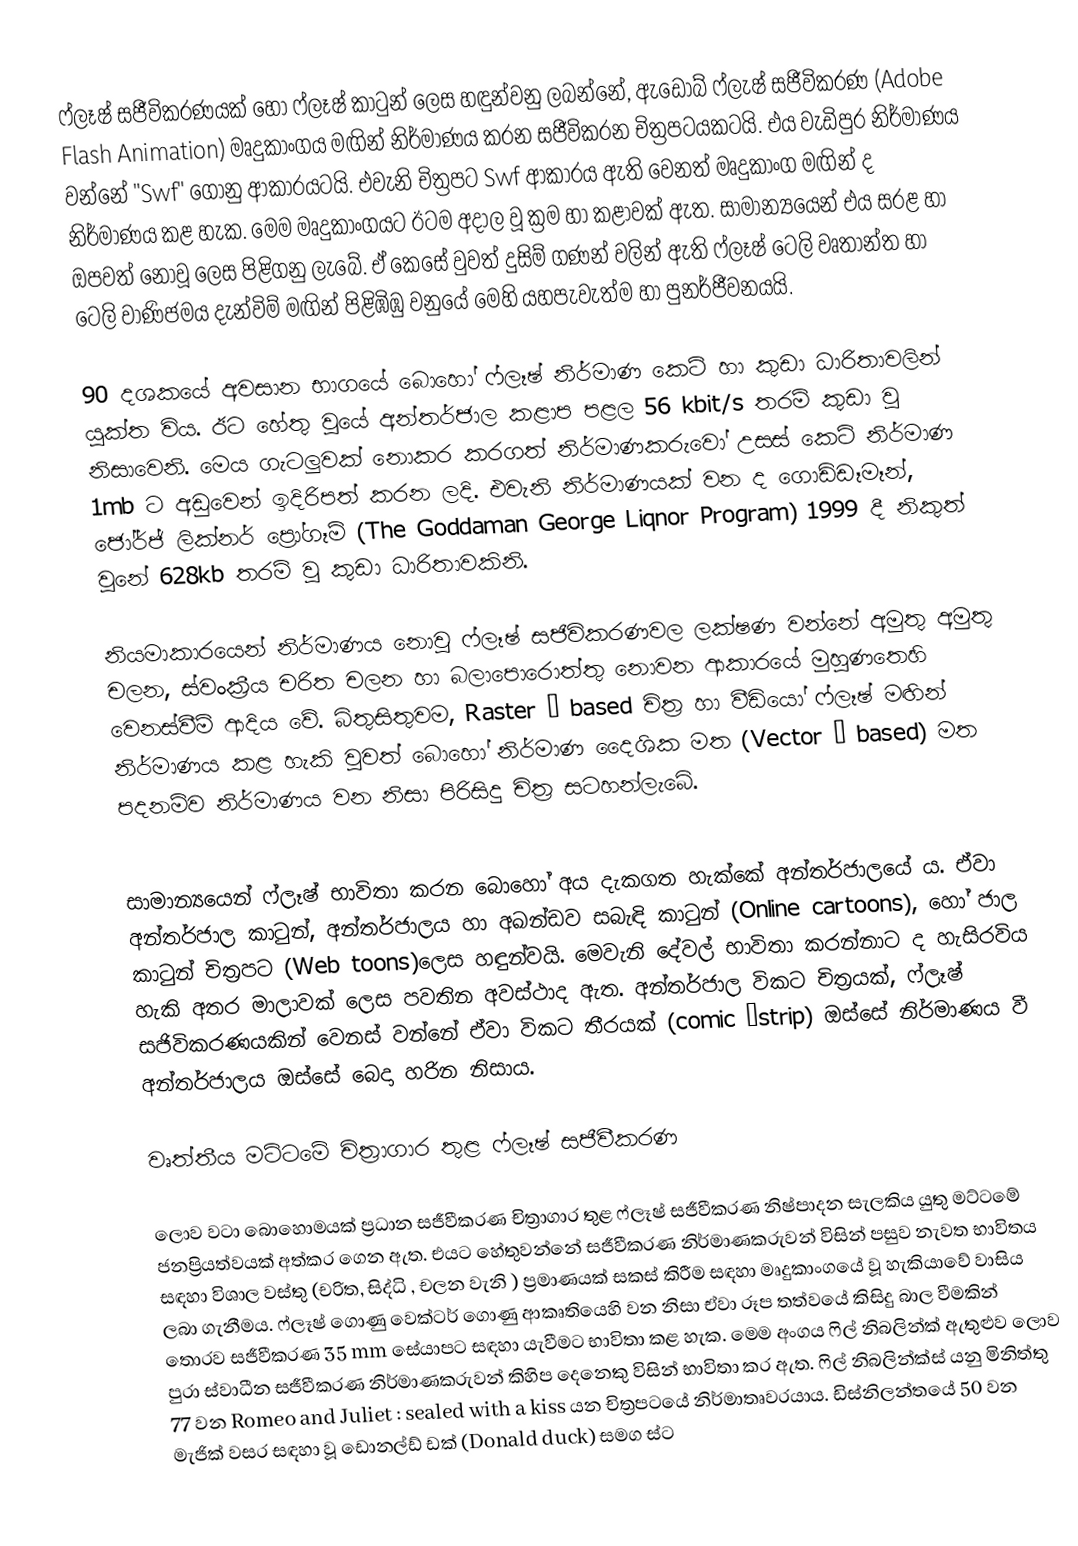
ෆ්ලෑෂ් සජීවිකරණයක් හෝ ෆ්ලෑෂ් කාටුන් ලෙස හඳුන්වනු ලබන්නේ, ඇඩොබ් ෆ්ලැෂ් සජීවිකරණ  (Adobe Flash Animation) මෘදුකාංගය මඟින් නිර්මාණය කරන සජීවිකරන චිත්‍රපටයකටයි. එය වැඩිපුර නිර්මාණය වන්නේ  "Swf" ගොනු ආකාරයටයි. එවැනි චිත්‍රපට  Swf ආකාරය ඇති වෙනත් මෘදුකාංග මඟින් ද නිර්මාණය කළ හැක. මෙම මෘදුකාංගයට ඊටම අදාල වූ ක්‍රම  හා කළාවක් ඇත. සාමාන්‍යයෙන් එය සරළ හා ඔපවත් ‍නොවූ  ලෙස පිළිගනු ලැබේ. ඒ කෙසේ වුවත් දුසිම් ගණන් වලින් ඇති ෆ්ලෑෂ් ටෙලි වෘතාන්ත හා ටෙලි වාණිජමය දැන්විම් මඟින් පිළිඹිඹු වනුයේ මෙහි යහපැවැත්ම හා පුනර්ජීවනයයි.

90 දශකයේ අවසාන භාගයේ බොහෝ ෆ්ලෑෂ් නිර්මාණ කෙටි හා කුඩා ධාරිතාවලින් යුක්ත විය. ඊට හේතු වුයේ අන්තර්ජාල කළාප පළල 56 kbit/s තරම් කුඩා වූ නිසාවෙනි. මෙය ගැටලුවක් නොකර කරගත් නිර්මාණකරුවෝ උසස් කෙටි නිර්මාණ 1mb ට අඩුවෙන් ඉදිරිපත් කරන ලදි. එවැනි නිර්මාණයක් වන ද ‍ගොඩ්ඩෑමෑන්,  ජෝර්ජ් ලික්නර් ප්‍රෝගෑම්   (The Goddaman George Liqnor Program)  1999 දී නිකුත් වුනේ  628kb තරම් වූ කුඩා ධාරිතාවකිනි.

නියමාකාරයෙන් නිර්මාණය නොවූ ෆ්ලෑෂ් සජිවිකරණවල ලක්ෂණ වන්නේ අමුතු අමුතු චලන, ස්වංක්‍රීය චරිත චලන හා බලාපොරොත්තු නොවන ආකාරයේ මුහුණතෙහි වෙනස්වීම් ආදිය වේ. බිතුසිතුවම,  Raster – based චිත්‍ර හා වීඩියෝ ෆ්ලෑෂ් මඟින් නිර්මාණය කළ හැකි වුවත් බොහෝ නිර්මාණ දෛශික මත (Vector – based) මත පදනම්ව නිර්මාණය වන නිසා පිරිසිදු චිත්‍ර සටහන්ලැබේ.

සාමාන්‍යයෙන් ෆ්ලෑෂ් භාවිතා කරන බො‍හෝ අය දැකගත හැක්කේ අන්තර්ජාලයේ ය. ඒවා අන්තර්ජාල කාටුන්, අන්තර්ජාලය හා අඛන්ඩව සබැඳි කාටුන්  (Online cartoons),  හෝ ජාල කාටුන් චිත්‍රපට (Web toons)ලෙස හඳුන්වයි. මෙවැනි දේවල් භාවිතා කරන්නාට ද හැසිරවිය හැකි අතර මාලාවක් ලෙස පවතින අවස්ථාද ඇත. අන්තර්ජාල විකට චිත්‍රයක්, ෆ්ලෑෂ් සජිවිකරණයකින් වෙනස් වන්නේ ඒවා විකට තීරයක්  (comic –strip) ඔස්සේ නිර්මාණය වී අන්තර්ජාලය ඔස්සේ බෙදා හරින නිසාය.

වෘත්තීය මට්ටමේ චිත්‍රාගාර තුළ ෆ්ලෑෂ් සජීවීකරණ

ලොව වටා බොහොමයක් ප්‍රධාන සජීවීකරණ චිත්‍රාගාර තුළ ෆ්ලෑෂ්  සජීවීකරණ නිෂ්පාදන සැලකිය යුතු මට්ටමේ ජනප්‍රියත්වයක් අත්කර ගෙන ඇත. එයට හේතුවන්නේ සජීවීකරණ නිර්මාණකරුවන් විසින් පසුව නැවත භාවිතය සඳහා  විශාල වස්තු (චරිත, සිද්ධි , චලන වැනි ) ප්‍රමාණයක් සකස් කිරීම සඳහා මෘදුකාංගයේ වූ හැකියාවේ වාසිය ලබා ගැනීමය. ෆ්ලෑෂ් ගොණු වෙක්ටර් ගොණු ආකෘතියෙහි වන නිසා ඒවා රූප තත්වයේ කිසිදු බාල වීමකින් තොරව සජීවීකරණ 35 mm සේයාපට  සඳහා යැවීම‍ට භාවිතා කළ හැක‍. මෙම අංගය ෆිල් නිබලින්ක් ඇතුළුව ලොව පුරා ස්වාධීන සජීවීකරණ නිර්මාණකරුවන් කිහිප දෙනෙකු විසින් භාවිතා කර ඇත‍. ෆිල් නිබලින්ක්ස් යනු මිනිත්තු 77 වන Romeo and Juliet : sealed with a kiss යන චිත්‍රප‍ටයේ නිර්මාතෘවරයාය. ඩිස්නිලන්තයේ 50 වන මැජික් වසර සඳහා වූ ඩොනල්ඩ් ඩක් (Donald duck) සමග ස්ට